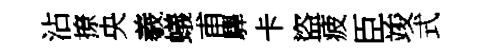
沾撩央羲蟻甫驆卡盜疲臣竣式